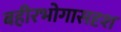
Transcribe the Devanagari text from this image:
बहीरभोगासदृश